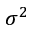
\sigma ^ { 2 }